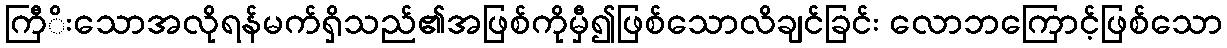
ကြီိးသောအလိုရန်မက်ရှိသည်၏အဖြစ်ကိုမှီ၍ဖြစ်သောလိချင်ခြင်း လောဘကြောင့်ဖြစ်သော